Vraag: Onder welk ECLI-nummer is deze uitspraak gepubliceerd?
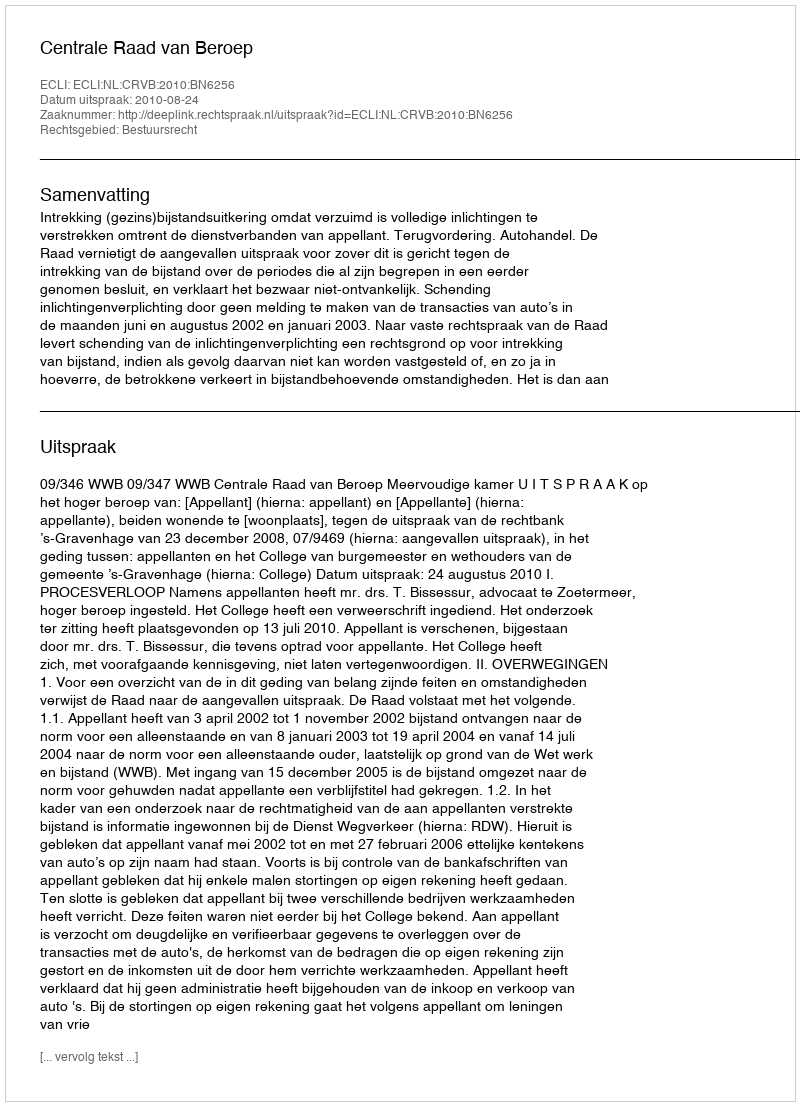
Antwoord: ECLI:NL:CRVB:2010:BN6256